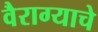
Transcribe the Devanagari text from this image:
वैराग्याचे